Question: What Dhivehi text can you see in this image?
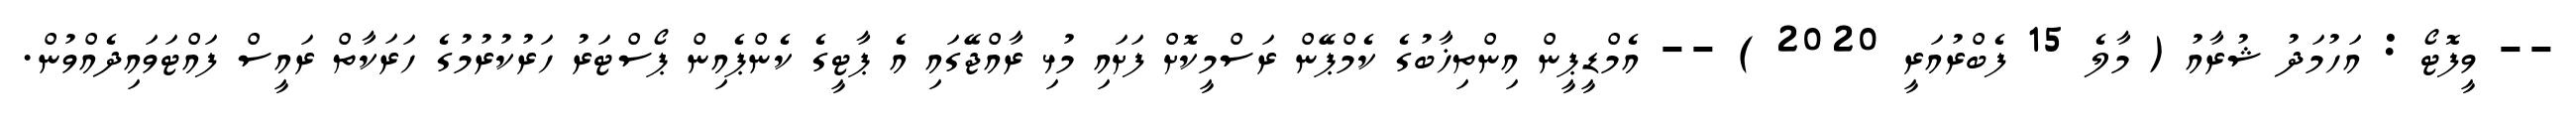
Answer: -- ވީފޮޓޯ : އަހުމަދު ޝުރާއު ( މާލެ 15 ފެބްރުއަރީ 2020 ) -- އެމްޑީޕީން އިންތިޚާބުގެ ކެމްޕޭން ރަސްމީކޮށް ފަށައި މުޅި ރާއްޖޭގައި އެ ޕާޓީގެ ކެންޕެއިން ޕޯސްޓަރު ހަރުކުރުމުގެ ހަރަކާތް ރައީސް ފައްޓަވައިދެއްވުން.